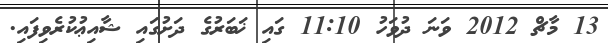
13 މާޗް 2012 ވަނަ ދުވަހު 11:10 ގައި ޚަބަރުގެ ދަށުގައި ޝާއިޢުކުރެވިފައި.